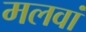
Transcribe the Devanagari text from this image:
मलवां